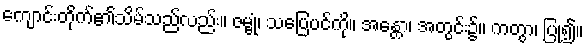
ကျောင်းတိုက်၏သိမ်သည်လည်း။ ဇမ္ဗုံ၊ သပြေပင်ကို။ အန္တော၊ အတွင်း၌။ ကတွာ၊ ပြု၍။